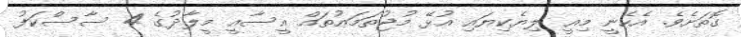
ގޮތަށެވެ. އެހެނީ މިއީ ލިޔެކިޔައި އުޅޭ މުޖުތަމަޢުތައް ޢީސާއީ މީލާދުގެ 4 ސާސްކަފު